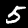
Digit: 5